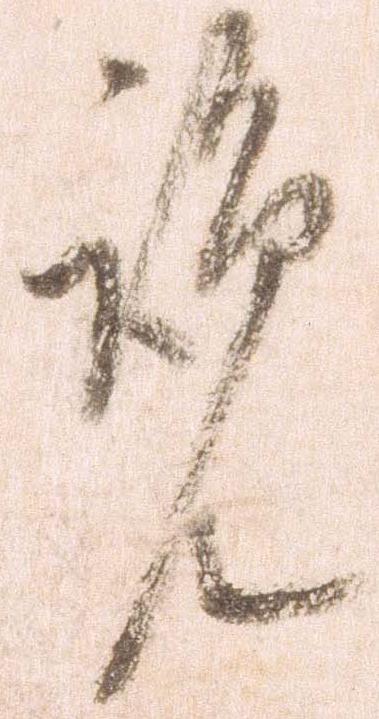
覧